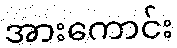
အားကောင်း